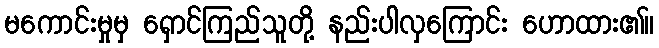
မကောင်းမှုမှ ရှောင်ကြည်သူတို့ နည်းပါလှကြောင်း ဟောထား၏။